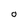
Character: O